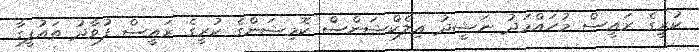
ކުރީގެ ރައީސް މުހައްމަދު ނަޝީދު އިލެކްޝަންސް ކޮމިޝަންގެ ކުރީގެ ރައީސް ފުވާދު ތައުފީގާ